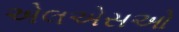
એલએસઓ